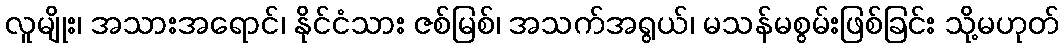
လူမျိုး၊ အသားအရောင်၊ နိုင်ငံသား ဇစ်မြစ်၊ အသက်အရွယ်၊ မသန်မစွမ်းဖြစ်ခြင်း သို့မဟုတ်